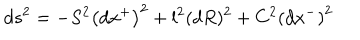
d s ^ { 2 } = - S ^ { 2 } \left( d x ^ { + } \right) ^ { 2 } + l ^ { 2 } ( d R ) ^ { 2 } + C ^ { 2 } \left( d x ^ { - } \right) ^ { 2 }